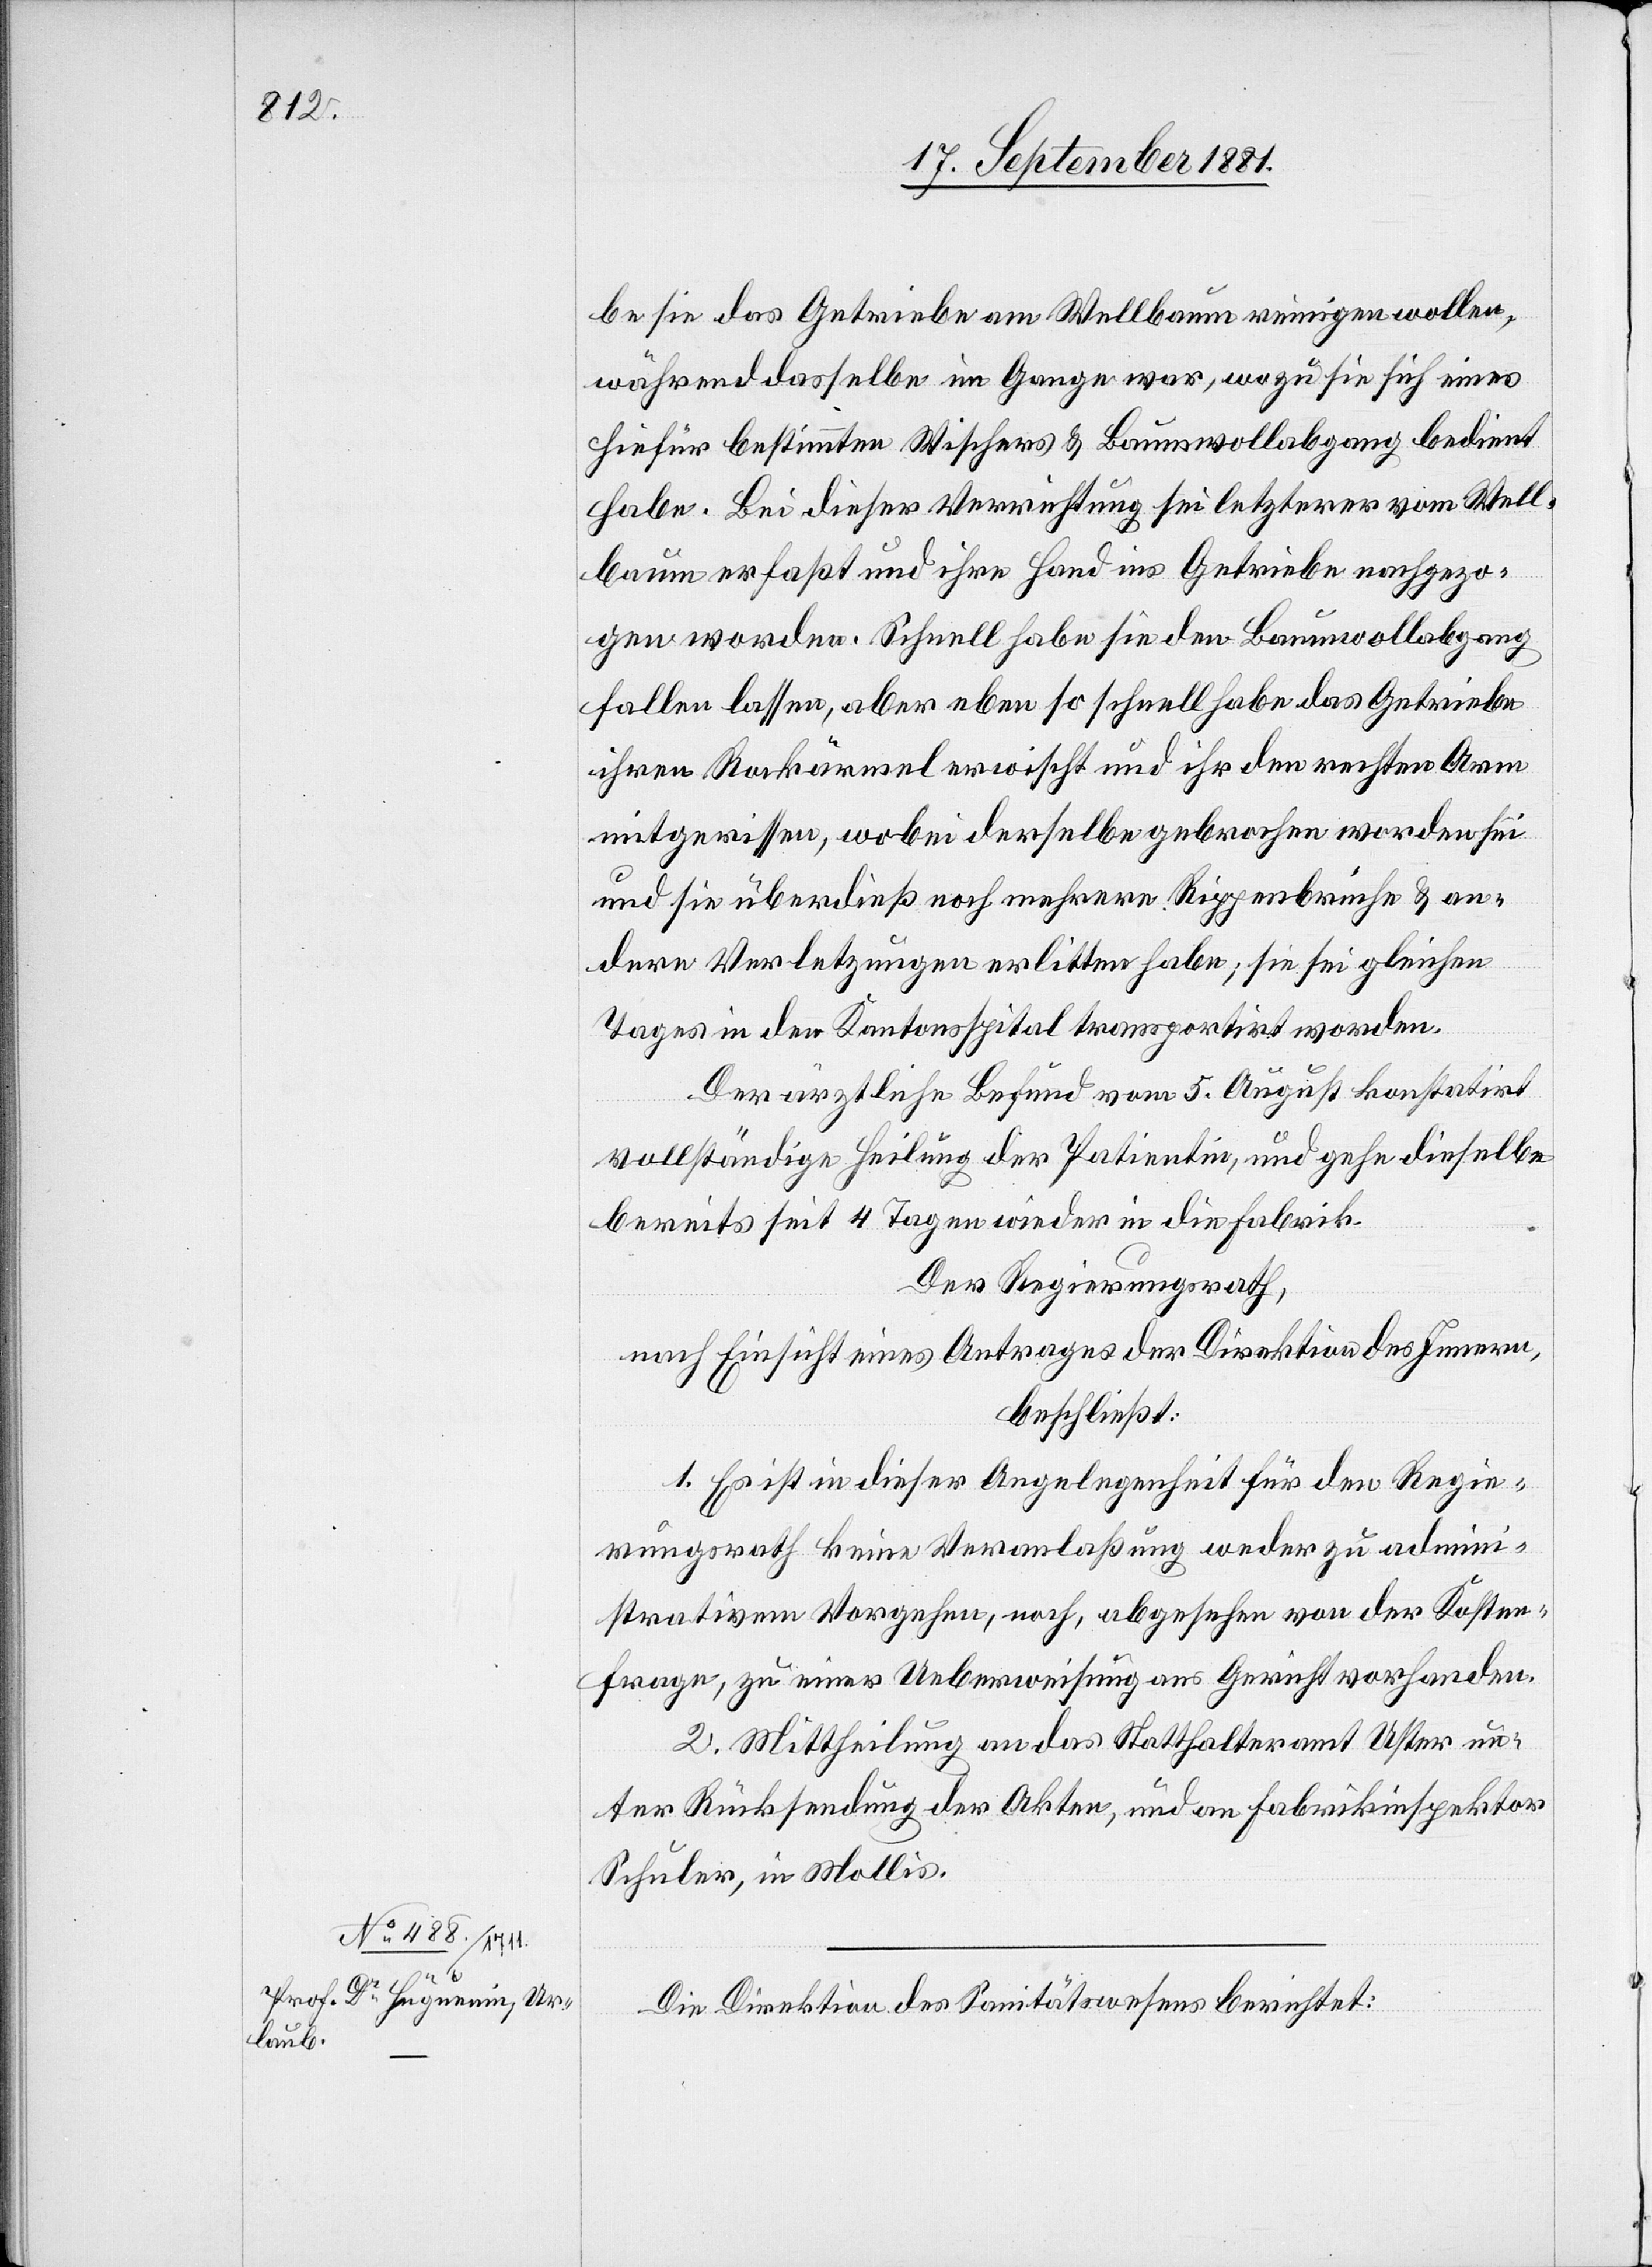
be sie das Getriebe am Wellbaum reinigen wollen,
während dasselbe im Gange war, wozu sich eines
hiefür bestimmten Wischers & Baumwollabgang bedient
habe. Bei dieser Verrichtung sei letzterer vom Well¬
baum erfaßt und ihre Hand ins Getriebe nachgezo¬
gen worden. Schnell habe sie den Baumwollabzug
fallen lassen, aber eben so schnell habe das Getriebe
ihren Rockärmel erwischt und ihr den rechten Arm
mitgerissen, wobei derselbe gebrochen worden sei
und sie überdieß noch mehrere Rippenbrüche & an¬
dere Verletzungen erlitten habe; sie sei gleichen
Tages in den [sic!] Kantonsspital transportirt worden.
Der ärztliche Befund vom 5. August konstatirt
vollständige Heilung der Patientin, und gehe dieselbe
bereits seit 4 Tagen wieder in die Fabrik.
Der Regierungsrath,
nach Einsicht eines Antrages der Direktion des Innern,
beschließt:
1. Es ist in dieser Angelegenheit für den Regie¬
rungsrath keine Veranlaßung weder zu admini¬
strativem Vorgehen, noch, abgesehen von der Kosten¬
frage, zu einer Ueberweisung ans Gericht vorhanden.
2. Mittheilung an das Statthalteramt Uster un¬
ter Rücksendung der Akten, und an Fabrikinspektor
Schuler, in Mollis.
Die Direktion des Sanitätswesens berichtet: